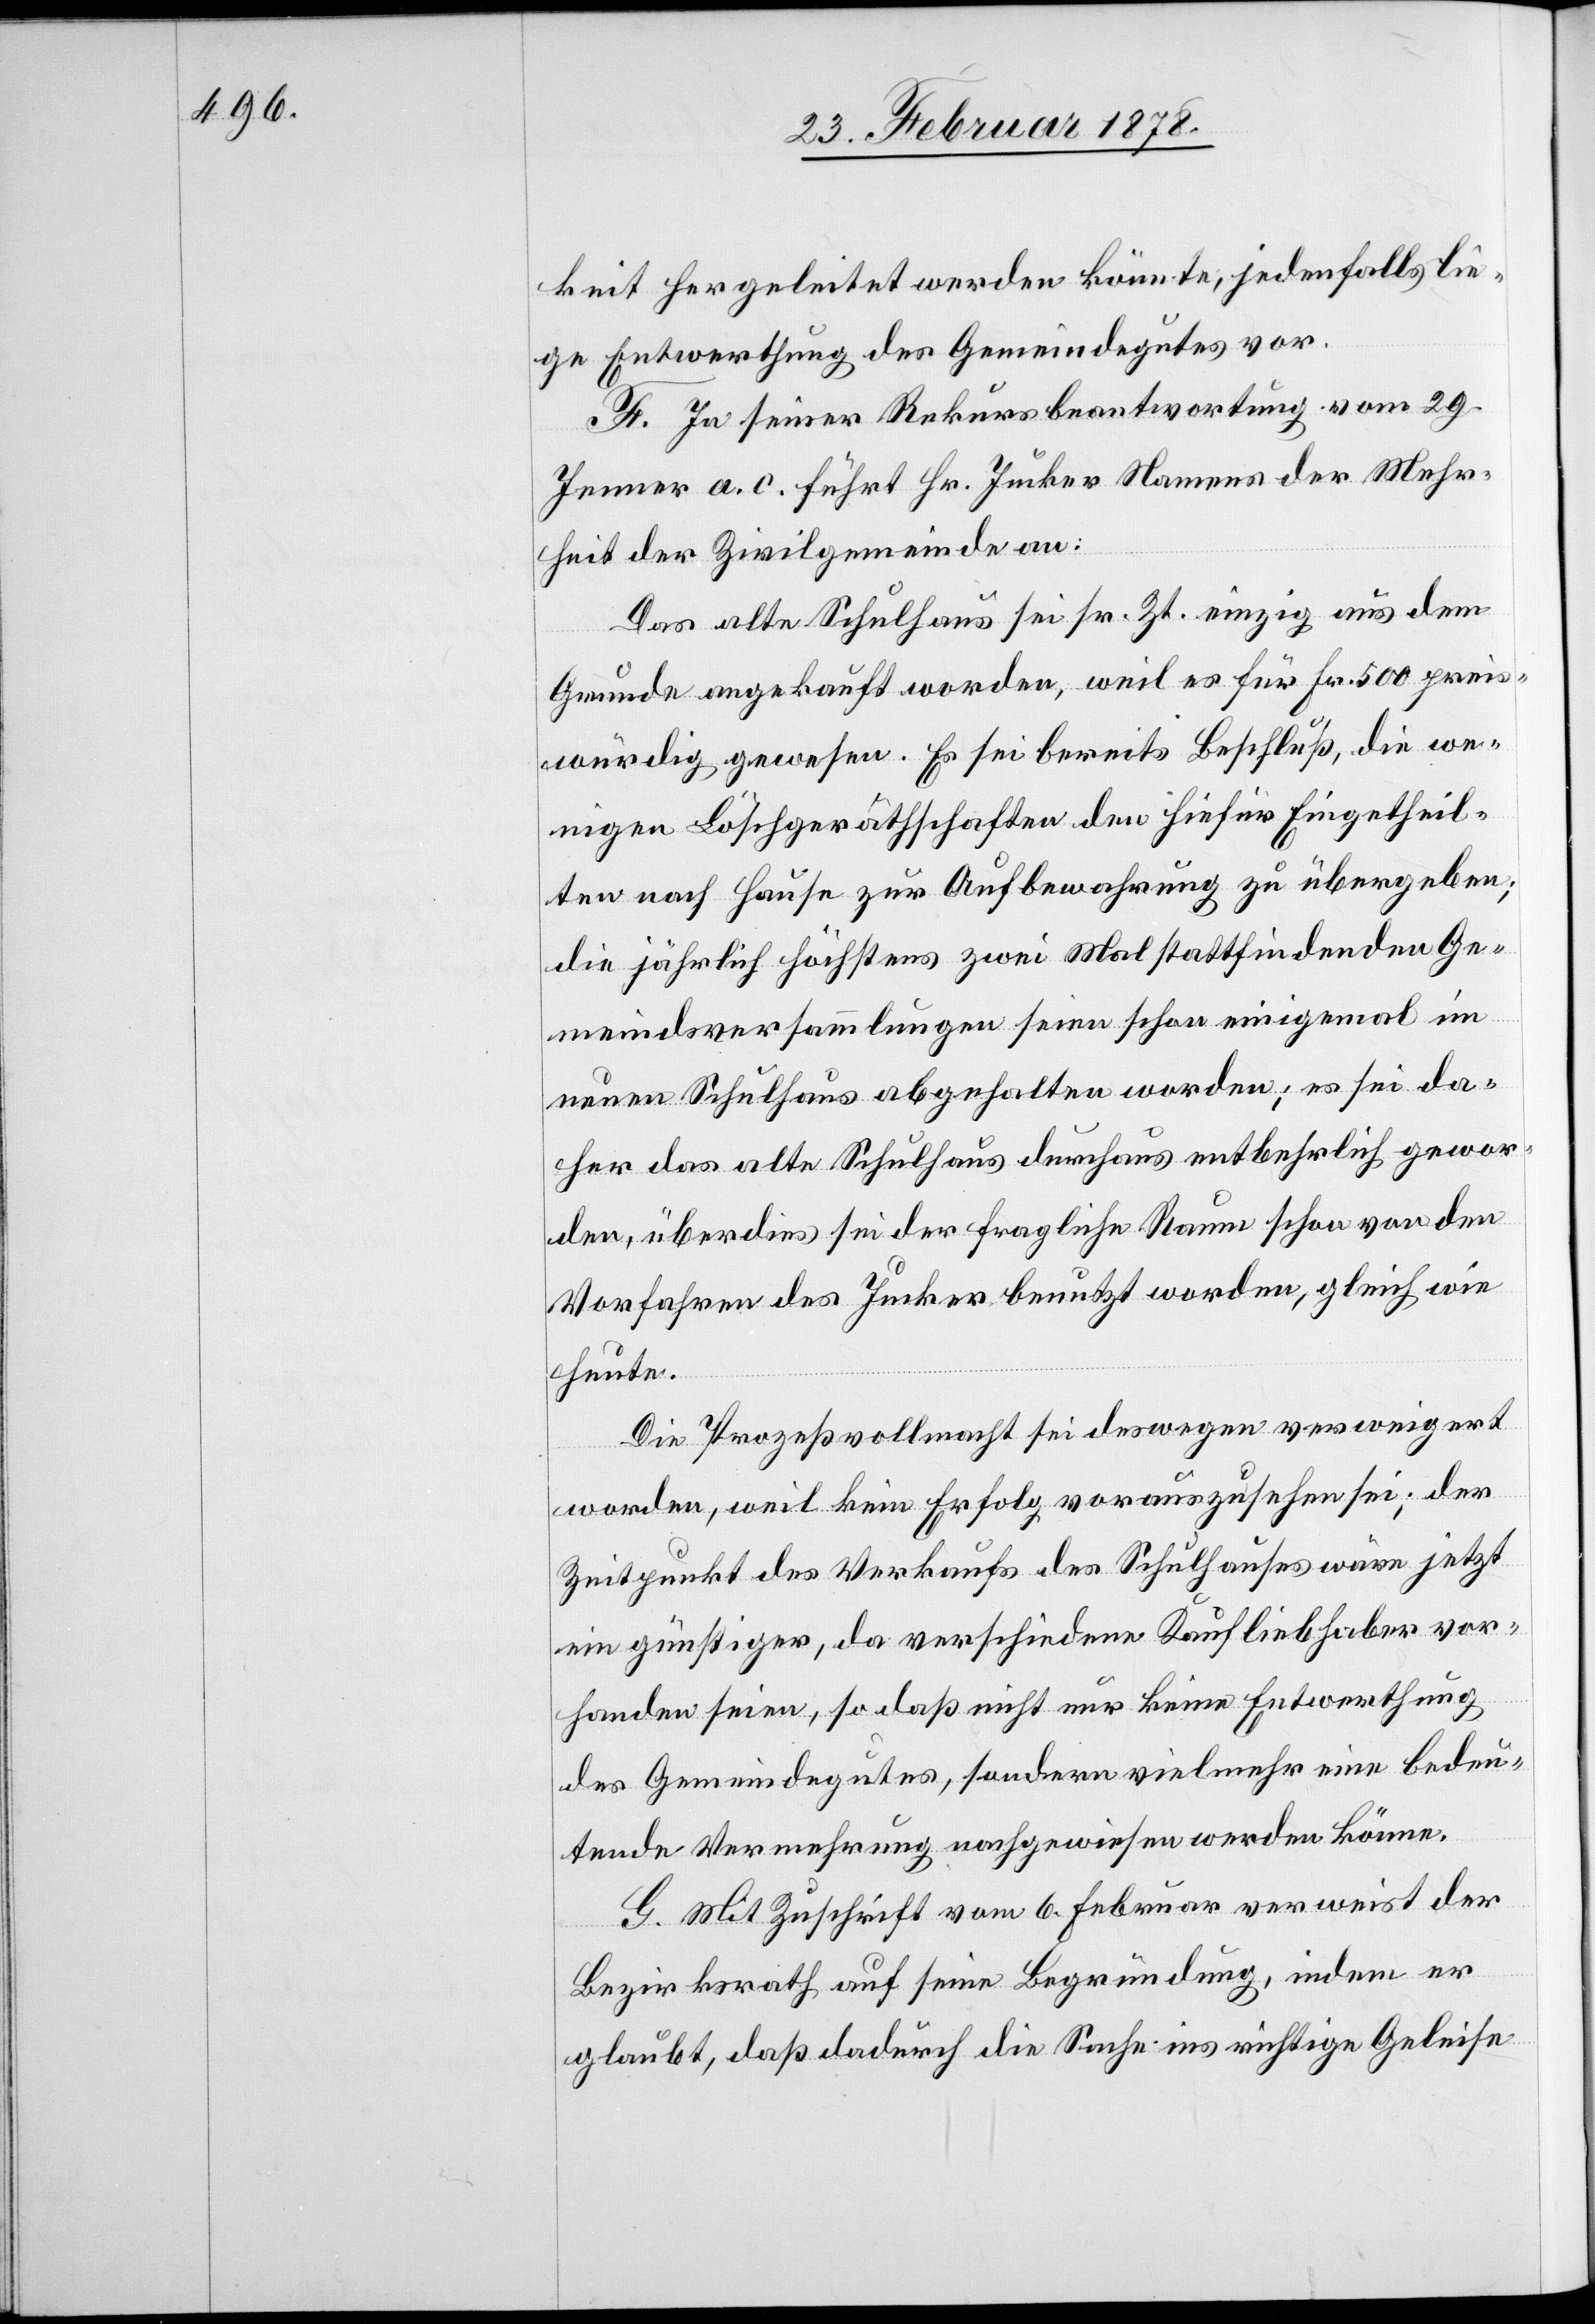
keit hergeleitet werden könnte, jedenfalls lie¬
ge Entwerthung des Gemeindegutes vor.
F. In seiner Rekursbeantwortung vom 29.
Jenner a. c. führt Hr. Jucker Namens der Mehr¬
heit der Zivilgemeinde an:
Das alte Schulhaus sei sr. Zt. einzig aus dem
Grunde angekauft worden, weil es für Fr. 500 prei¬
swürdig gewesen. Es sei bereits Beschluß, die we¬
nigen Löschgeräthschaften dem hiefür Eingetheil¬
ten nach Hause zur Aufbewahrung zu übergeben;
die jährlich höchstens zwei Mal stattfindenden Ge¬
meindsversammlungen seien schon einigmal im
neuen Schulhaus abgehalten worden; es sei da¬
her das alte Schulhaus durchaus entbehrlich gewor¬
den, überdies sei der fragliche Raum schon von den
Vorfahren des Juckers benutzt worden, gleich wie
heute.
Die Prozessvollmacht sei deswegen verweigert
worden, weil kein Erfolg vorauszusehen sei; der
Zeitpunkt des Verkaufs des Schulhauses wäre jetzt
ein günstiger, da verschiedene Kaufliebhaber vor¬
handen seien, so daß nicht nur keine Entwerthung
des Gemeindegutes, sondern vielmehr eine bedeu¬
tende Vermehrung nachgewiesen werden könne.
G. Mit Zuschrift vom 6. Februar verweist der
Bezirksrath auf seine Begründung, indem er
glaubt, daß dadurch die Sache ins richtige Geleise